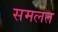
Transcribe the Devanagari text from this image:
समलत